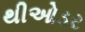
થીઓડર